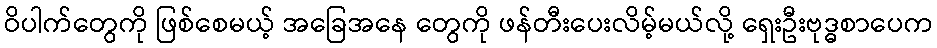
ဝိပါက်တွေကို ဖြစ်စေမယ့် အခြေအနေ တွေကို ဖန်တီးပေးလိမ့်မယ်လို့ ရှေးဦးဗုဒ္ဓစာပေက